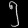
Digit: ၅